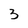
Character: 3